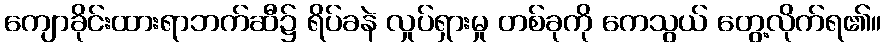
ကျောခိုင်းထားရာဘက်ဆီ၌ ရိပ်ခနဲ လှုပ်ရှားမှု တစ်ခုကို ကေသွယ် တွေ့လိုက်ရ၏။